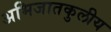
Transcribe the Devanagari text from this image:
अभिजातकुलीय